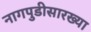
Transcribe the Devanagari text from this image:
नागपुडीसारख्या